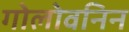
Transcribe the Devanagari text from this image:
गोलोवनिन